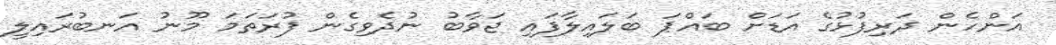
އަންހެން ދަރިފުޅުގެ އަޑަށް ބައްޕަ ބަލައިލާފައި ޖަވާބު ނުދެވިގެން ފުރަތަމަ މޫނު އަނބުރައިލީ